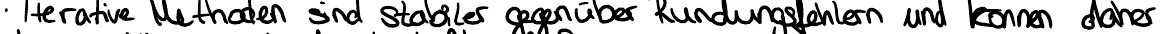
Interaktive Methoden sind stabiler gegenüber Rundungsfehler und können daher